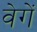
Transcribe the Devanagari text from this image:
वेगें